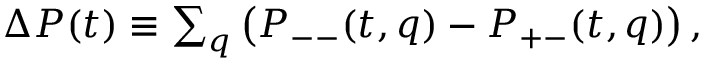
\begin{array} { r } { \Delta P ( t ) \equiv \sum _ { q } \left( P _ { -- } ( t , q ) - P _ { + - } ( t , q ) \right) , } \end{array}